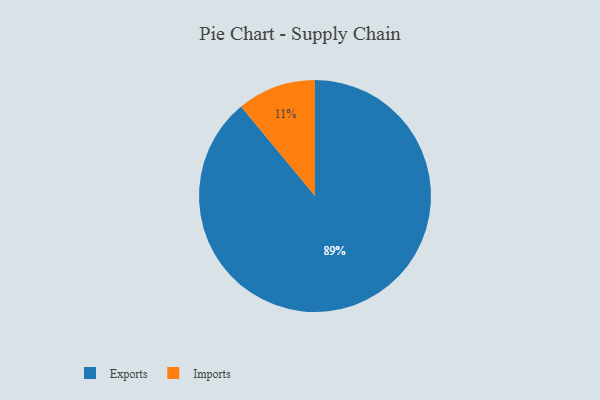
{"axis": {"x": "Category", "y": "Percentage"}, "legend": ["Exports", "Imports"], "data": [{"x": "Exports", "y": 89, "type": "Exports"}, {"x": "Imports", "y": 11, "type": "Imports"}]}